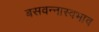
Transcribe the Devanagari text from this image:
बसवन्नास्वभाव